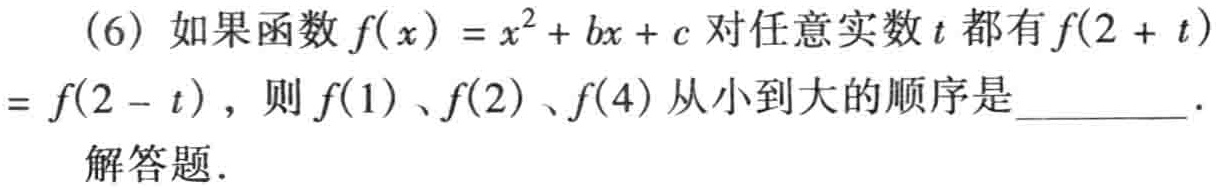
(6) 如果函数$f(x)=x^{2}+bx + c$对任意实数$t$都有$f(2 + t)=f(2 - t)$，则$f(1)$、$f(2)$、$f(4)$从小到大的顺序是  ．
解答题．